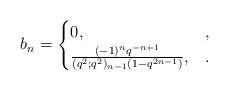
\begin{align*} b_n = \begin{cases}0, &,\\\frac{(-1)^nq^{-n+1}}{(q^2;q^2)_{n-1}(1-q^{2n-1})}, &.\end{cases}\end{align*}